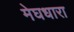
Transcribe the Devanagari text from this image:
मेघधारा